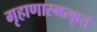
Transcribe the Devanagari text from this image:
गृहाणास्मत्कृतं